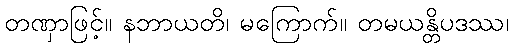
တဏှာဖြင့်။ နဘာယတိ၊ မကြောက်။ တမယန္တိပဒဿ၊